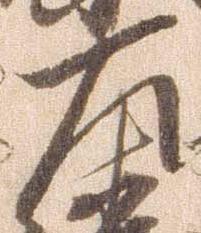
左